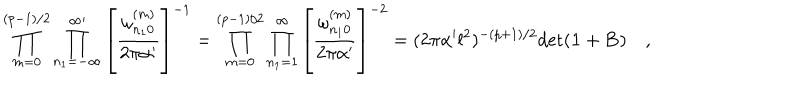
LaTeX: \prod _ { m = 0 } ^ { ( p - 1 ) / 2 } \prod _ { n _ { 1 } = - \infty } ^ { \infty \prime } \left[ { \frac { \omega _ { n _ { 1 } 0 } ^ { ( m ) } } { 2 \pi \alpha ^ { \prime } } } \right] ^ { - 1 } = \prod _ { m = 0 } ^ { ( p - 1 ) / 2 } \prod _ { n _ { 1 } = 1 } ^ { \infty } \left[ { \frac { \omega _ { n _ { 1 } 0 } ^ { ( m ) } } { 2 \pi \alpha ^ { \prime } } } \right] ^ { - 2 } = ( 2 \pi \alpha ^ { \prime } l ^ { 2 } ) ^ { - ( p + 1 ) / 2 } \mathrm { d e t } ( { \bf 1 } + { \bf B } ) \quad ,